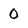
Character: 0